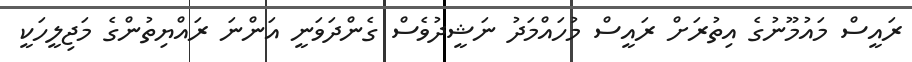
ރައީސް މައުމޫނުގެ އިތުރަށް ރައީސް މުހައްމަދު ނަޝީދުވެސް ގެންދަވަނީ އަންނަ ރައްޔިތުންގެ މަޖިލީހަކީ